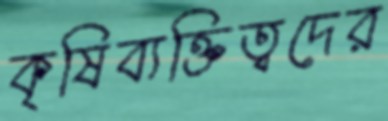
কৃষিব্যক্তিত্বদের